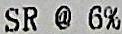
SR @ 6%